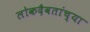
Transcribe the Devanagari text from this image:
लोकदैवतांच्या